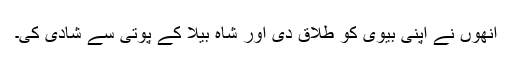
انھوں نے اپنی بیوی کو طلاق دی اور شاہ بیلا کے پوتی سے شادی کی۔